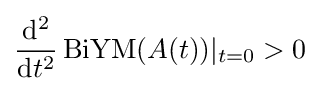
{\frac {\mathrm {d} ^{2}}{\mathrm {d} t^{2}}}\operatorname {BiYM} (A(t))\vert _{t=0}>0